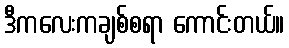
ဒီကလေးကချစ်စရာ ကောင်းတယ်။